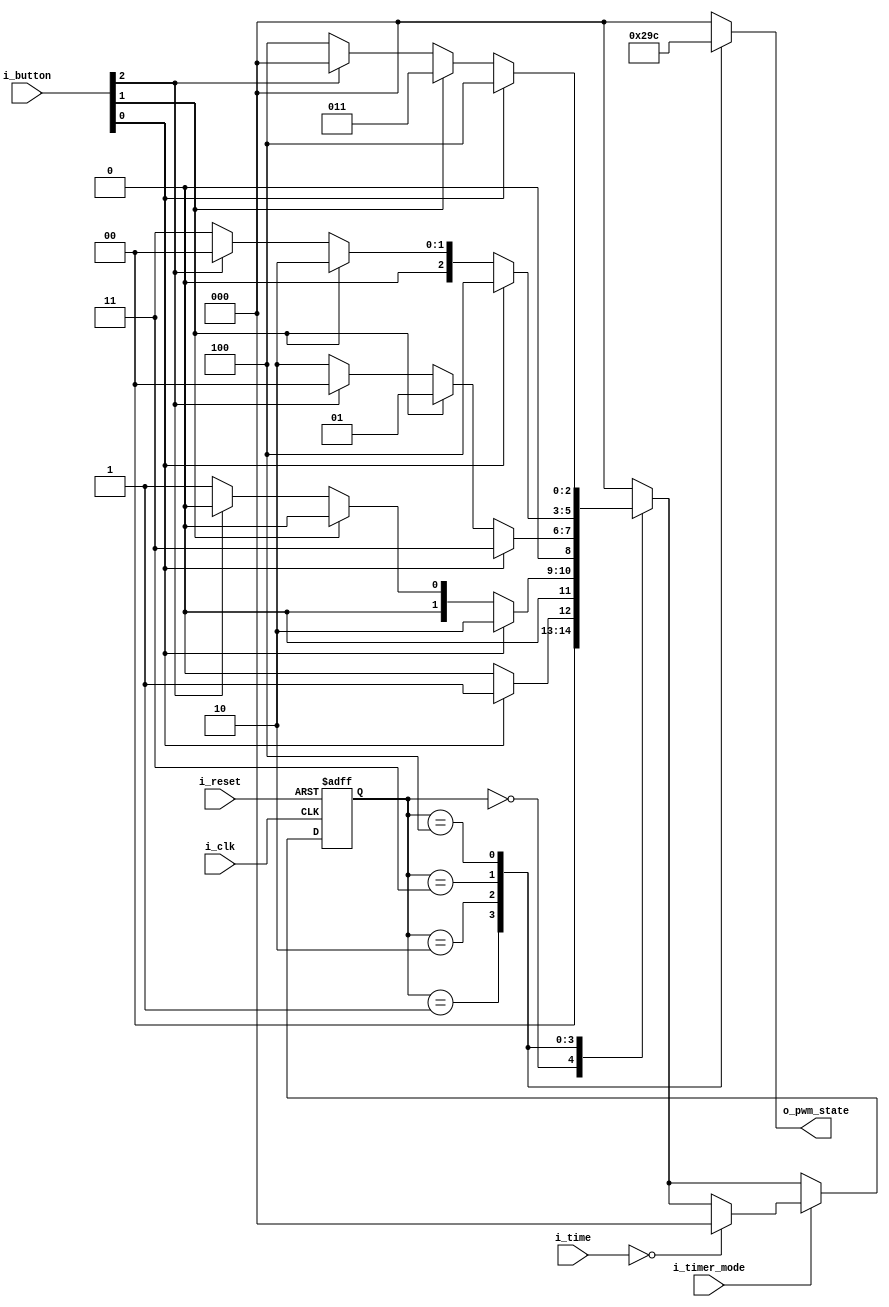
`timescale 1ns / 1ps
//////////////////////////////////////////////////////////////////////////////////
// Company: 
// Engineer: 
// 
// Design Name: 
// Module Name: FSM_motor
// Project Name: 
// Target Devices: 
// Tool Versions: 
// Description: 
// 
// Dependencies: 
// 
// Revision:
// Revision 0.01 - File Created
// Additional Comments:
// 
//////////////////////////////////////////////////////////////////////////////////


module FSM_motor(
    input [2:0] i_button,
    input i_reset, i_clk, i_timer_mode,
    input [4:0] i_time,
    output [2:0] o_pwm_state
    );

    parameter TRUE = 1'b1, FALSE = 1'b0;
    parameter PWM0 = 3'b000, PWM1 = 3'b001, PWM2 = 3'b010, PWM3 = 3'b011, PWM4 = 3'b100;
    reg [2:0] curState = PWM0, nextState, r_pwm_state = 0;
    assign o_pwm_state = r_pwm_state;
    
    always @(posedge i_clk or posedge i_reset) begin
        if(i_reset) begin
            curState <= PWM0;
        end
        else begin
            if(i_timer_mode) begin
                if(i_time == 0) begin
                    curState <= PWM0;
                end
                else curState <= nextState;
            end
            else curState <= nextState;
        end
    end

    always @(curState or i_button or i_clk) begin
        case (curState)
            PWM0:
            if(i_button[0] == TRUE) begin
                nextState <= PWM1;
            end
            else nextState <= PWM0;
            
            PWM1:
            if(i_button[0] == TRUE) begin
                nextState <= PWM2;
            end
            else if(i_button[1] == TRUE) begin
                nextState <= PWM0;
            end
            else if(i_button[2] == TRUE) begin
                nextState <= PWM0;
            end
            else nextState <= PWM1;

            PWM2:
            if(i_button[0] == TRUE) begin
                nextState <= PWM3;
            end
            else if(i_button[1] == TRUE) begin
                nextState <= PWM1;
            end
            else if(i_button[2] == TRUE) begin
                nextState <= PWM0;
            end
            else nextState <= PWM2;

            PWM3:
            if(i_button[0] == TRUE) begin
                nextState <= PWM4;
            end
            else if(i_button[1] == TRUE) begin
                nextState <= PWM2;
            end
            else if(i_button[2] == TRUE) begin
                nextState <= PWM0;
            end
            else nextState <= PWM3;

            PWM4:
            if(i_button[0] == TRUE) begin
                nextState <= PWM4;
            end
            else if(i_button[1] == TRUE) begin
                nextState <= PWM3;
            end
            else if(i_button[2] == TRUE) begin
                nextState <= PWM0;
            end
            else nextState <= PWM4;

            default: nextState <= PWM0;
        endcase
    end

    always @(curState) begin
        case (curState)
            PWM0 : r_pwm_state <= 3'b000;
            PWM1 : r_pwm_state <= 3'b001;
            PWM2 : r_pwm_state <= 3'b010;
            PWM3 : r_pwm_state <= 3'b011;
            PWM4 : r_pwm_state <= 3'b100;
            default: r_pwm_state <= 3'b000;
        endcase
    end
endmodule